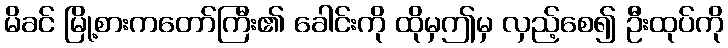
မိခင် မြို့စားကတော်ကြီး၏ ခေါင်းကို ထိုမှဤမှ လှည့်စေ၍ ဦးထုပ်ကို